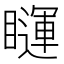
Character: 𰦅